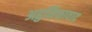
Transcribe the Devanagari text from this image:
अहुनिक्तावाद